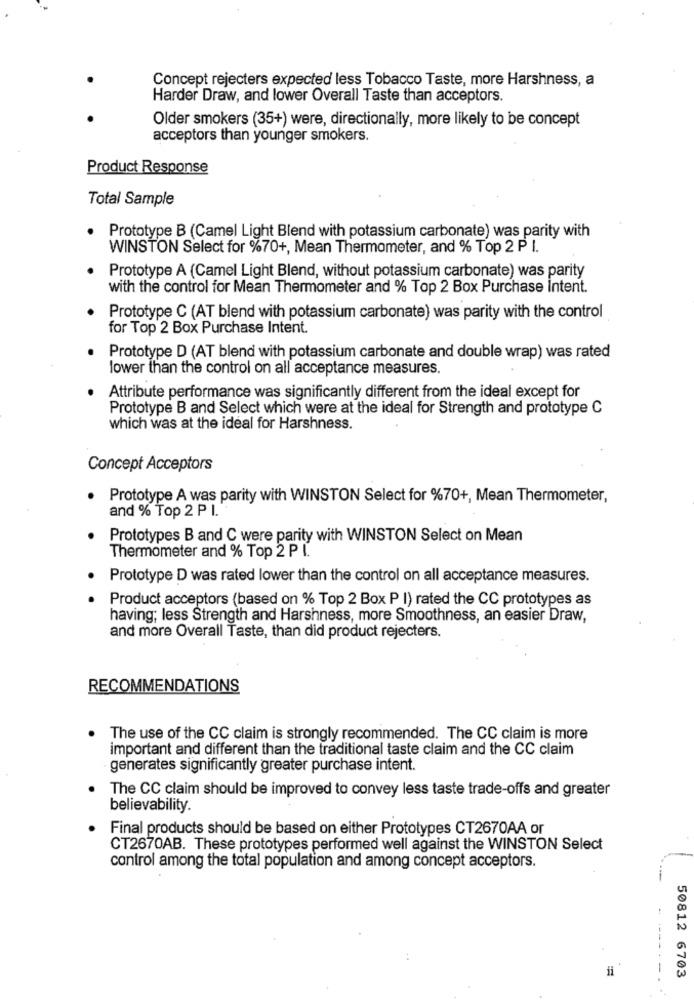
Concept rejecters expected less Tobacco Taste, more Harshness, a
Harder Draw, and lower Overall Taste than acceptors.
Older smokers (35+) were, directionally, more likely to be concept
acceptors than younger smokers.
Product Response
Total Sample
Prototype B (Camel Light Blend with potassium carbonate) was parity with
WINSTON Select for %70+, Mean Thermometer, and % Top 2 P I.
Prototype A (Camel Light Blend, without potassium carbonate) was parity
with the control for Mean Thermometer and % Top 2 Box Purchase intent.
Prototype C (AT blend with potassium carbonate) was parity with the control
for Top 2 Box Purchase Intent
Prototype D (AT blend with potassium carbonate and double wrap) was rated
lower than the control on all acceptance measures.
Attribute performance was significantly different from the ideal except for
Prototype B and Select which were at the ideal for Strength and prototype C
which was at the ideal for Harshness.
Concept Acceptors
Prototype A was parity with WINSTON Select for %70+, Mean Thermometer,
and % Top 2 P I.
Prototypes B and C were parity with WINSTON Select on Mean
Thermometer and % Top 2 PL.
Prototype D was rated lower than the control on all acceptance measures.
Product acceptors (based on % Top 2 Box P I) rated the CC prototypes as
having; less Strength and Harshness, more Smoothness, an easier Draw,
and more Overall Taste, than did product rejecters.
RECOMMENDATIONS
The use of the CC claim is strongly recommended. The CC claim is more
important and different than the traditional taste claim and the CC claim
generates significantly greater purchase intent.
The CC claim should be improved to convey less taste trade-offs and greater
believability.
Final products should be based on either Prototypes CT2670AA or
CT2670AB. These prototypes performed well against the WINSTON Select
control among the total population and among concept acceptors.
50812 6703